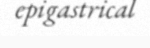
epigastrical